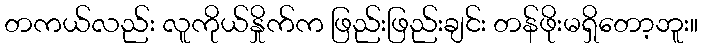
တကယ်လည်း လူကိုယ်နှိုက်က ဖြည်းဖြည်းချင်း တန်ဖိုးမရှိတော့ဘူး။